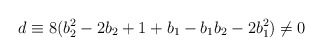
\begin{align*}d \equiv 8(b_2^2 - 2 b_2 + 1 + b_1 - b_1 b_2 - 2 b_1^2) \neq 0\end{align*}